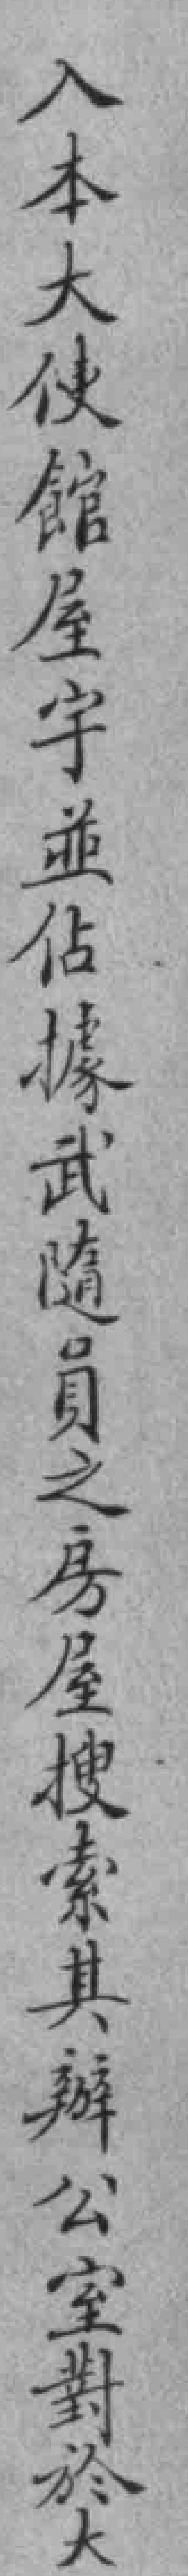
入本大使館屋宇並佔據武隨員之房屋搜索其辦公室對於大